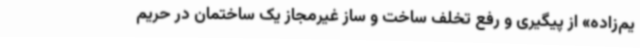
یم‌زاده» از پیگیری و رفع تخلف ساخت و ساز غیرمجاز یک ساختمان در حریم